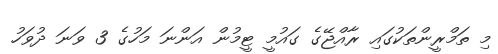
މި ތަމްރީންތަކުގައި ރާއްޖޭގެ ގައުމީ ޓީމުން އަންނަ މަހުގެ 3 ވަނަ ދުވަހު